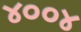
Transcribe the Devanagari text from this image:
४००४